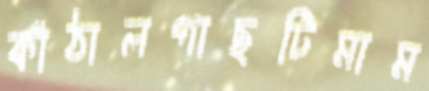
কাঁঠালগাছটিমাম